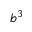
b ^ { 3 }